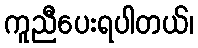
ကူညီပေးရပါတယ်၊